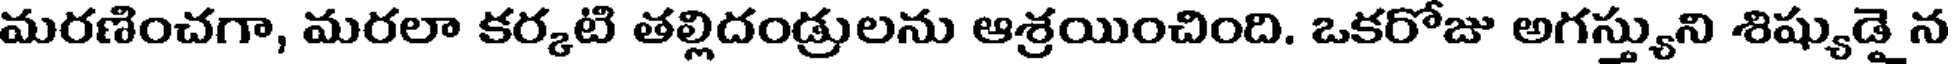
మరణించగా, మరలా కర్కటి తల్లిదండ్రులను ఆశ్రయించింది. ఒకరోజు అగస్త్యుని శిష్యుడై న